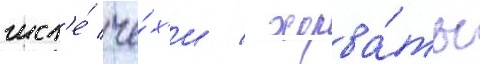
числ'е́ че́х'и / хорва́ты